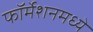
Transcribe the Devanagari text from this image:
फॉर्मेशनमध्ये